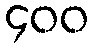
၄၀၀